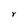
Character: y